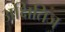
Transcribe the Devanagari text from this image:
अक्षितिज